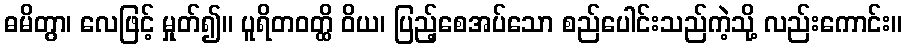
ဓမိတွာ၊ လေဖြင့် မှုတ်၍။ ပူရိတဝတ္ထိ ဝိယ၊ ပြည့်စေအပ်သော စည်ပေါင်းသည်ကဲ့သို့ လည်းကောင်း။